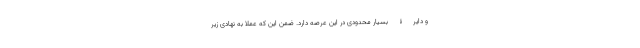
و دایرۀ بسیار محدودی در این عرصه دارد. ضمن این که عملا به نهادی زیر